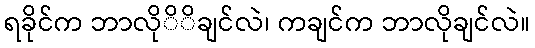
ရခိုင်က ဘာလိုိိချင်လဲ၊ ကချင်က ဘာလိုချင်လဲ။